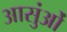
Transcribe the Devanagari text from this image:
आसुंओं